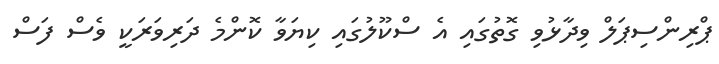
ޕްރިންސިޕަލް ވިދާޅުވި ގޮތުގައި އެ ސްކޫލުގައި ކިޔަވާ ކޮންމެ ދަރިވަރަކީ ވެސް ފަސް